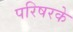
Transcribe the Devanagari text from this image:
परिषरके